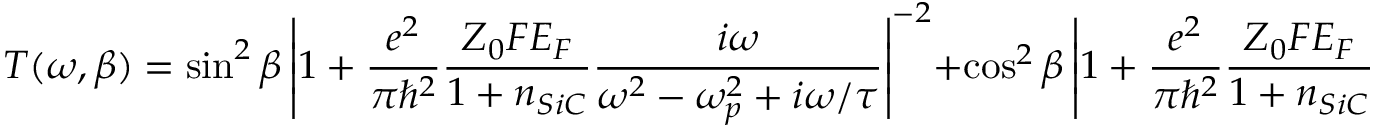
T ( \omega , \beta ) = \sin ^ { 2 } \beta \left| 1 + \frac { e ^ { 2 } } { \pi \hbar ^ { 2 } } \frac { Z _ { 0 } F E _ { F } } { 1 + n _ { S i C } } \frac { i \omega } { \omega ^ { 2 } - \omega _ { p } ^ { 2 } + i \omega / \tau } \right| ^ { - 2 } + \cos ^ { 2 } \beta \left| 1 + \frac { e ^ { 2 } } { \pi \hbar ^ { 2 } } \frac { Z _ { 0 } F E _ { F } } { 1 + n _ { S i C } } \frac { i \omega } { \omega ^ { 2 } - \omega _ { p } ^ { 2 } + i \omega / \tau } \right| ^ { - 2 } .